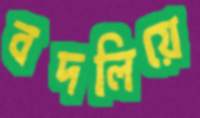
বদলিয়ে